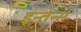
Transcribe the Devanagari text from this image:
इन्तर्न्स